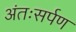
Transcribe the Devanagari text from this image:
अंतःसर्पण